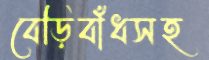
বেড়িবাঁধসহ